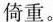
倚重。